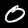
Digit: 0